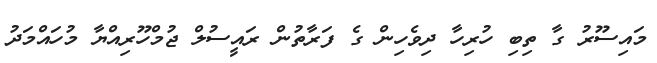
މައިސޫރު ގާ ތިބި ހުރިހާ ދިވެހިން ގެ ފަރާތުން ރައީސުލް ޖުމްހޫރިއްޔާ މުހައްމަދު